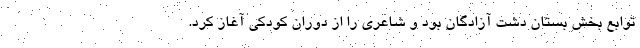
توابع بخش بستان دشت آزادگان بود و شاعری را از دوران کودکی آغاز کرد.